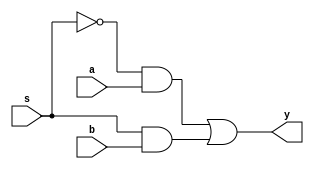
module muxtwo(a,b,s,y); 
	input a,b,s;
	output y;
	assign y=((~s)&a)|(s&b);
endmodule